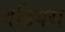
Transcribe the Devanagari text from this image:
बढ़ियरा